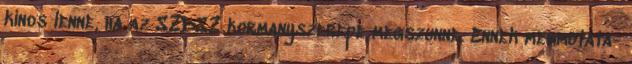
kinos lenne, ha az SZDSZ kormanyszerepe megszunne. Ennek megmutata-